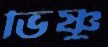
ভিষ্ণু